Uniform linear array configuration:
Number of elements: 64
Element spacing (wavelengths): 1
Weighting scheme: hann
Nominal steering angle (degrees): -15
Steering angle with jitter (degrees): -14.299
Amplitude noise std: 0.05
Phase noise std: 0.05

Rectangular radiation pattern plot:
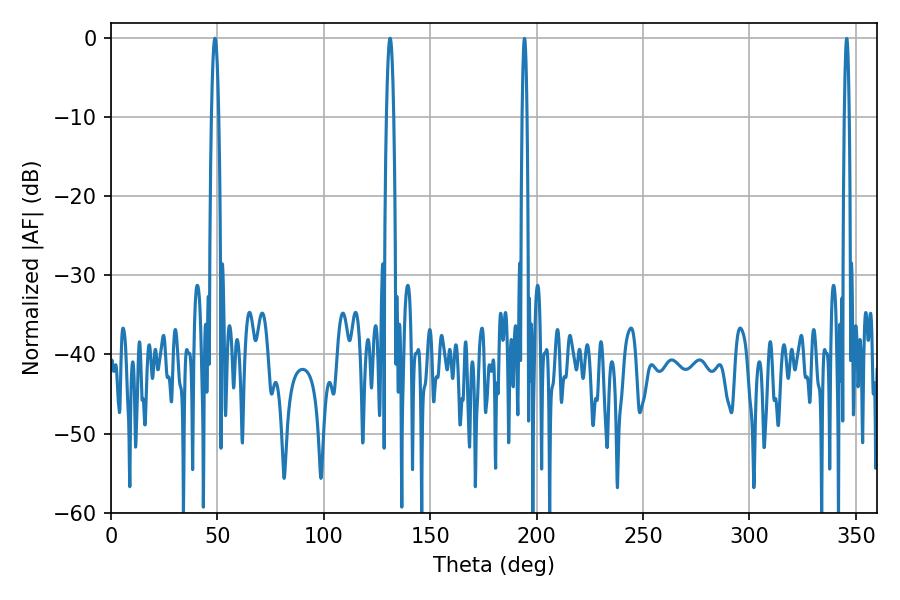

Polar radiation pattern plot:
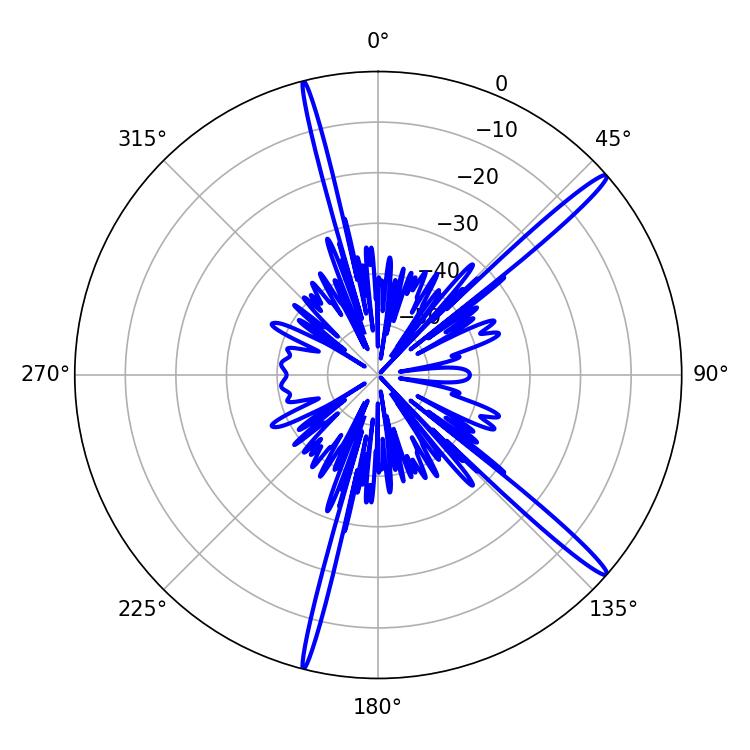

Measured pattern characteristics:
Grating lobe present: TRUE
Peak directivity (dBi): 16.72
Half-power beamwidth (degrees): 1.98
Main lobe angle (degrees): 48.78